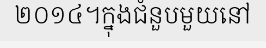
២០១៤។ក្នុងជំនួបមួយនៅ